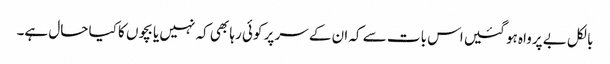
بالکل بے پرواہ ہو گئیں اس بات سے کہ ان کے سر پر کوئی رہا بھی کہ نہیں یا بچوں کا کیا حال ہے۔